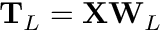
\mathbf { T } _ { L } = \mathbf { X } \mathbf { W } _ { L }